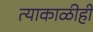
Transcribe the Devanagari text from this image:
त्याकाळीही